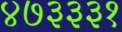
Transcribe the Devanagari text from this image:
४७३३३१